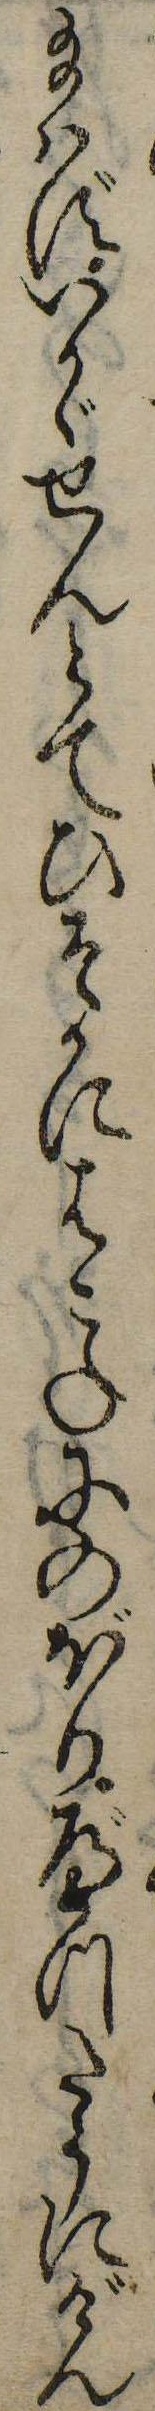
給はずいかゞせんとてひそかにはこねにのぼりべつたうにげん